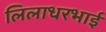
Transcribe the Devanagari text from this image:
लिलाधरभाई